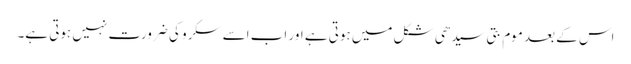
اس کے بعد موم بتی سیدھی شکل میں ہوتی ہے اور اب اسے سکرو کی ضرورت نہیں ہوتی ہے۔